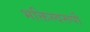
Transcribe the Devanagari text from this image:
भक्तिस्वरूपी